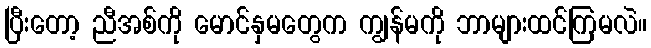
ပြီးတော့ ညီအစ်ကို မောင်နှမတွေက ကျွန်မကို ဘာများထင်ကြမလဲ။